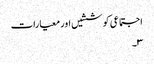
اجتماعی کوششیں اور معیارات
۳۔